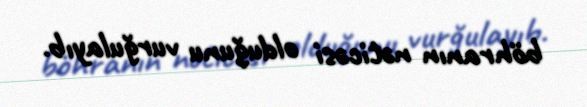
böhranın nəticəsi olduğunu vurğulayıb.